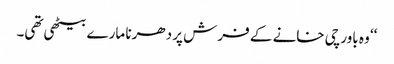
‘‘ وہ باورچی خانے کے فرش پر دھرنا مارے بیٹھی تھی۔